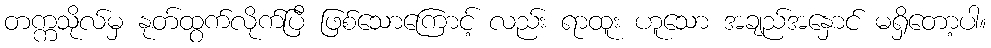
တက္ကသိုလ်မှ နုတ်ထွက်လိုက်ပြီ ဖြစ်သောကြောင့် လည်း ရာထူး ဟူသော အချည်အနှောင် မရှိတော့ပါ။